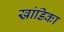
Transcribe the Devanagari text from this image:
खांडिका